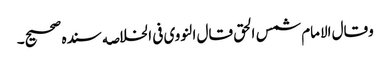
وقال الامام شمس الحق قال النووی فی الخلاصه سنده صحیح۔